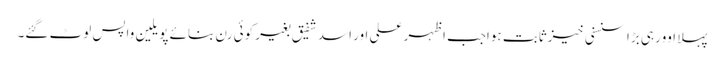
پہلا اوورہی بڑا سنسنی خیزثابت ہواجب اظہر علی اور اسد شفیق بغیر کوئی رن بنائے پویلین واپس لوٹ گئے۔